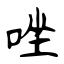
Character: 唑